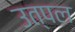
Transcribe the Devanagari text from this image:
उत्‍पल